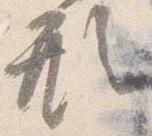
形